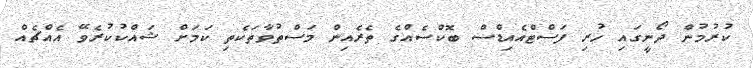
ކުރުމުން ދޯނީގައި ހުރި ފަސްޓްއެއިޑްސް ބޮކްސެއްގެ ތެރެއިން މަސްތުވާތަކެތި ކަމަށް ޝައްކުކުރެވޭ އެއްޗެއް